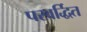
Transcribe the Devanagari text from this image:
परवर्द्धित